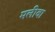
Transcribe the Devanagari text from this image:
मलीवा